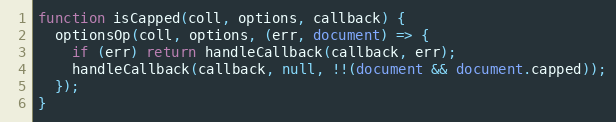
Language: JavaScript
function isCapped(coll, options, callback) {
  optionsOp(coll, options, (err, document) => {
    if (err) return handleCallback(callback, err);
    handleCallback(callback, null, !!(document && document.capped));
  });
}